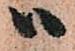
ハ